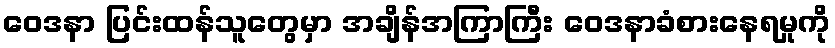
ဝေဒနာ ပြင်းထန်သူတွေမှာ အချိန်အကြာကြီး ဝေဒနာခံစားနေရမှုကို